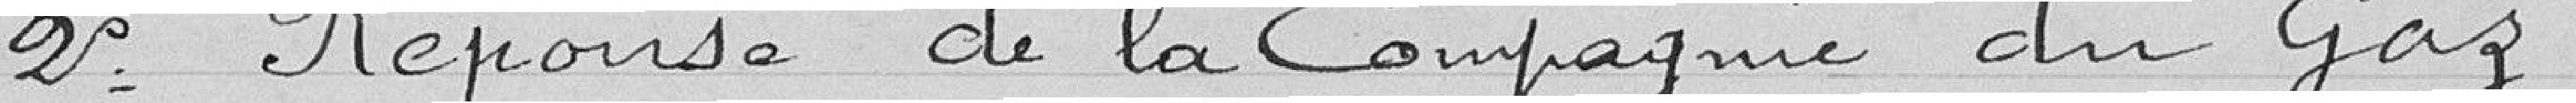
2° Réponse de la Compagnie du gaz.